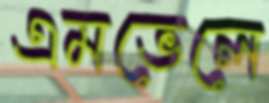
এমভেলে